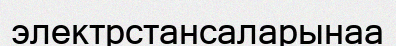
электрстансаларынаа